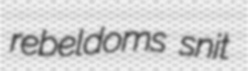
rebeldoms snit